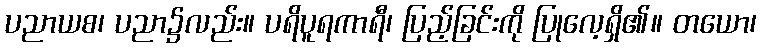
ပညာယစ၊ ပညာ၌လည်း။ ပရိပူရကာရီ၊ ပြည့်ခြင်းကို ပြုလေ့ရှိ၏။ တယော၊